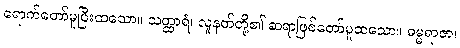
ရောက်တော်မူပြီးထသော။ သတ္ထာရံ၊ လူနတ်တို့၏ ဆရာဖြစ်တော်မူထသော။ ဓမ္မရာဇာ၊